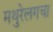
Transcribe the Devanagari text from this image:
मथुरेलगचा